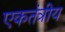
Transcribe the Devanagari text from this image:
एकतंत्रीय